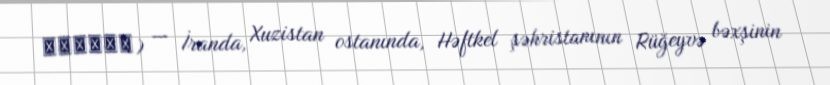
شجیرات) — İranda, Xuzistan ostanında, Həftkel şəhristanının Rüğeyvə bəxşinin